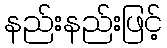
နည်းနည်းဖြင့်